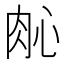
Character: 𬚲